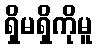
ရှိမရှိကိုမူ